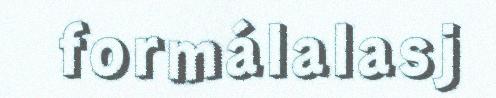
formálalasj